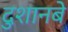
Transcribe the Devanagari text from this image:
दुशानबे